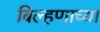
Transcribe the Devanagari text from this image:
बिल्हणाच्या